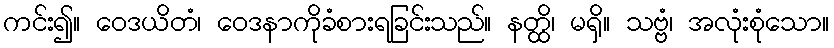
ကင်း၍။ ဝေဒယိတံ၊ ဝေဒနာကိုခံစားရခြင်းသည်။ နတ္ထိ၊ မရှိ။ သဗ္ဗံ၊ အလုံးစုံသော။